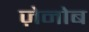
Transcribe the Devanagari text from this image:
ज़ेनोब